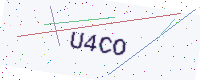
Text: U4CO